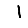
Digit: 1